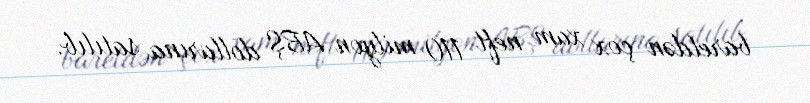
bareldən çox xam neft 110 milyon ABŞ dollarına satılıb.